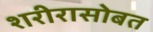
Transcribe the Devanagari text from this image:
शरीरासोबत